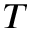
T